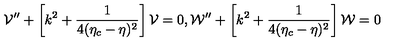
{ \cal V } ^ { \prime \prime } + \left[ k ^ { 2 } + \frac { 1 } { 4 ( \eta _ { c } - \eta ) ^ { 2 } } \right] { \cal V } = 0 , { \cal W } ^ { \prime \prime } + \left[ k ^ { 2 } + \frac { 1 } { 4 ( \eta _ { c } - \eta ) ^ { 2 } } \right] { \cal W } = 0